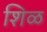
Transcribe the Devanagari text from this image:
शिळ